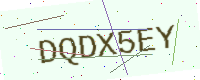
Text: DQDX5EY